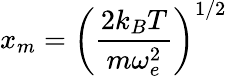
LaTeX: x_{m}=\left(\frac{2k_{B}T}{m\omega_{e}^{2}}\right)^{1/2}